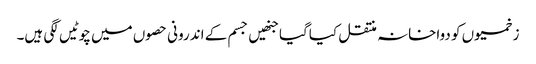
زخمیوں کو دواخانہ منتقل کیاگیا جنھیں جسم کے اندرونی حصوں میں چوٹیں لگی ہیں۔